NAE_ERA_R-1665_Eesti_Kunstnike_Liit, lk 12
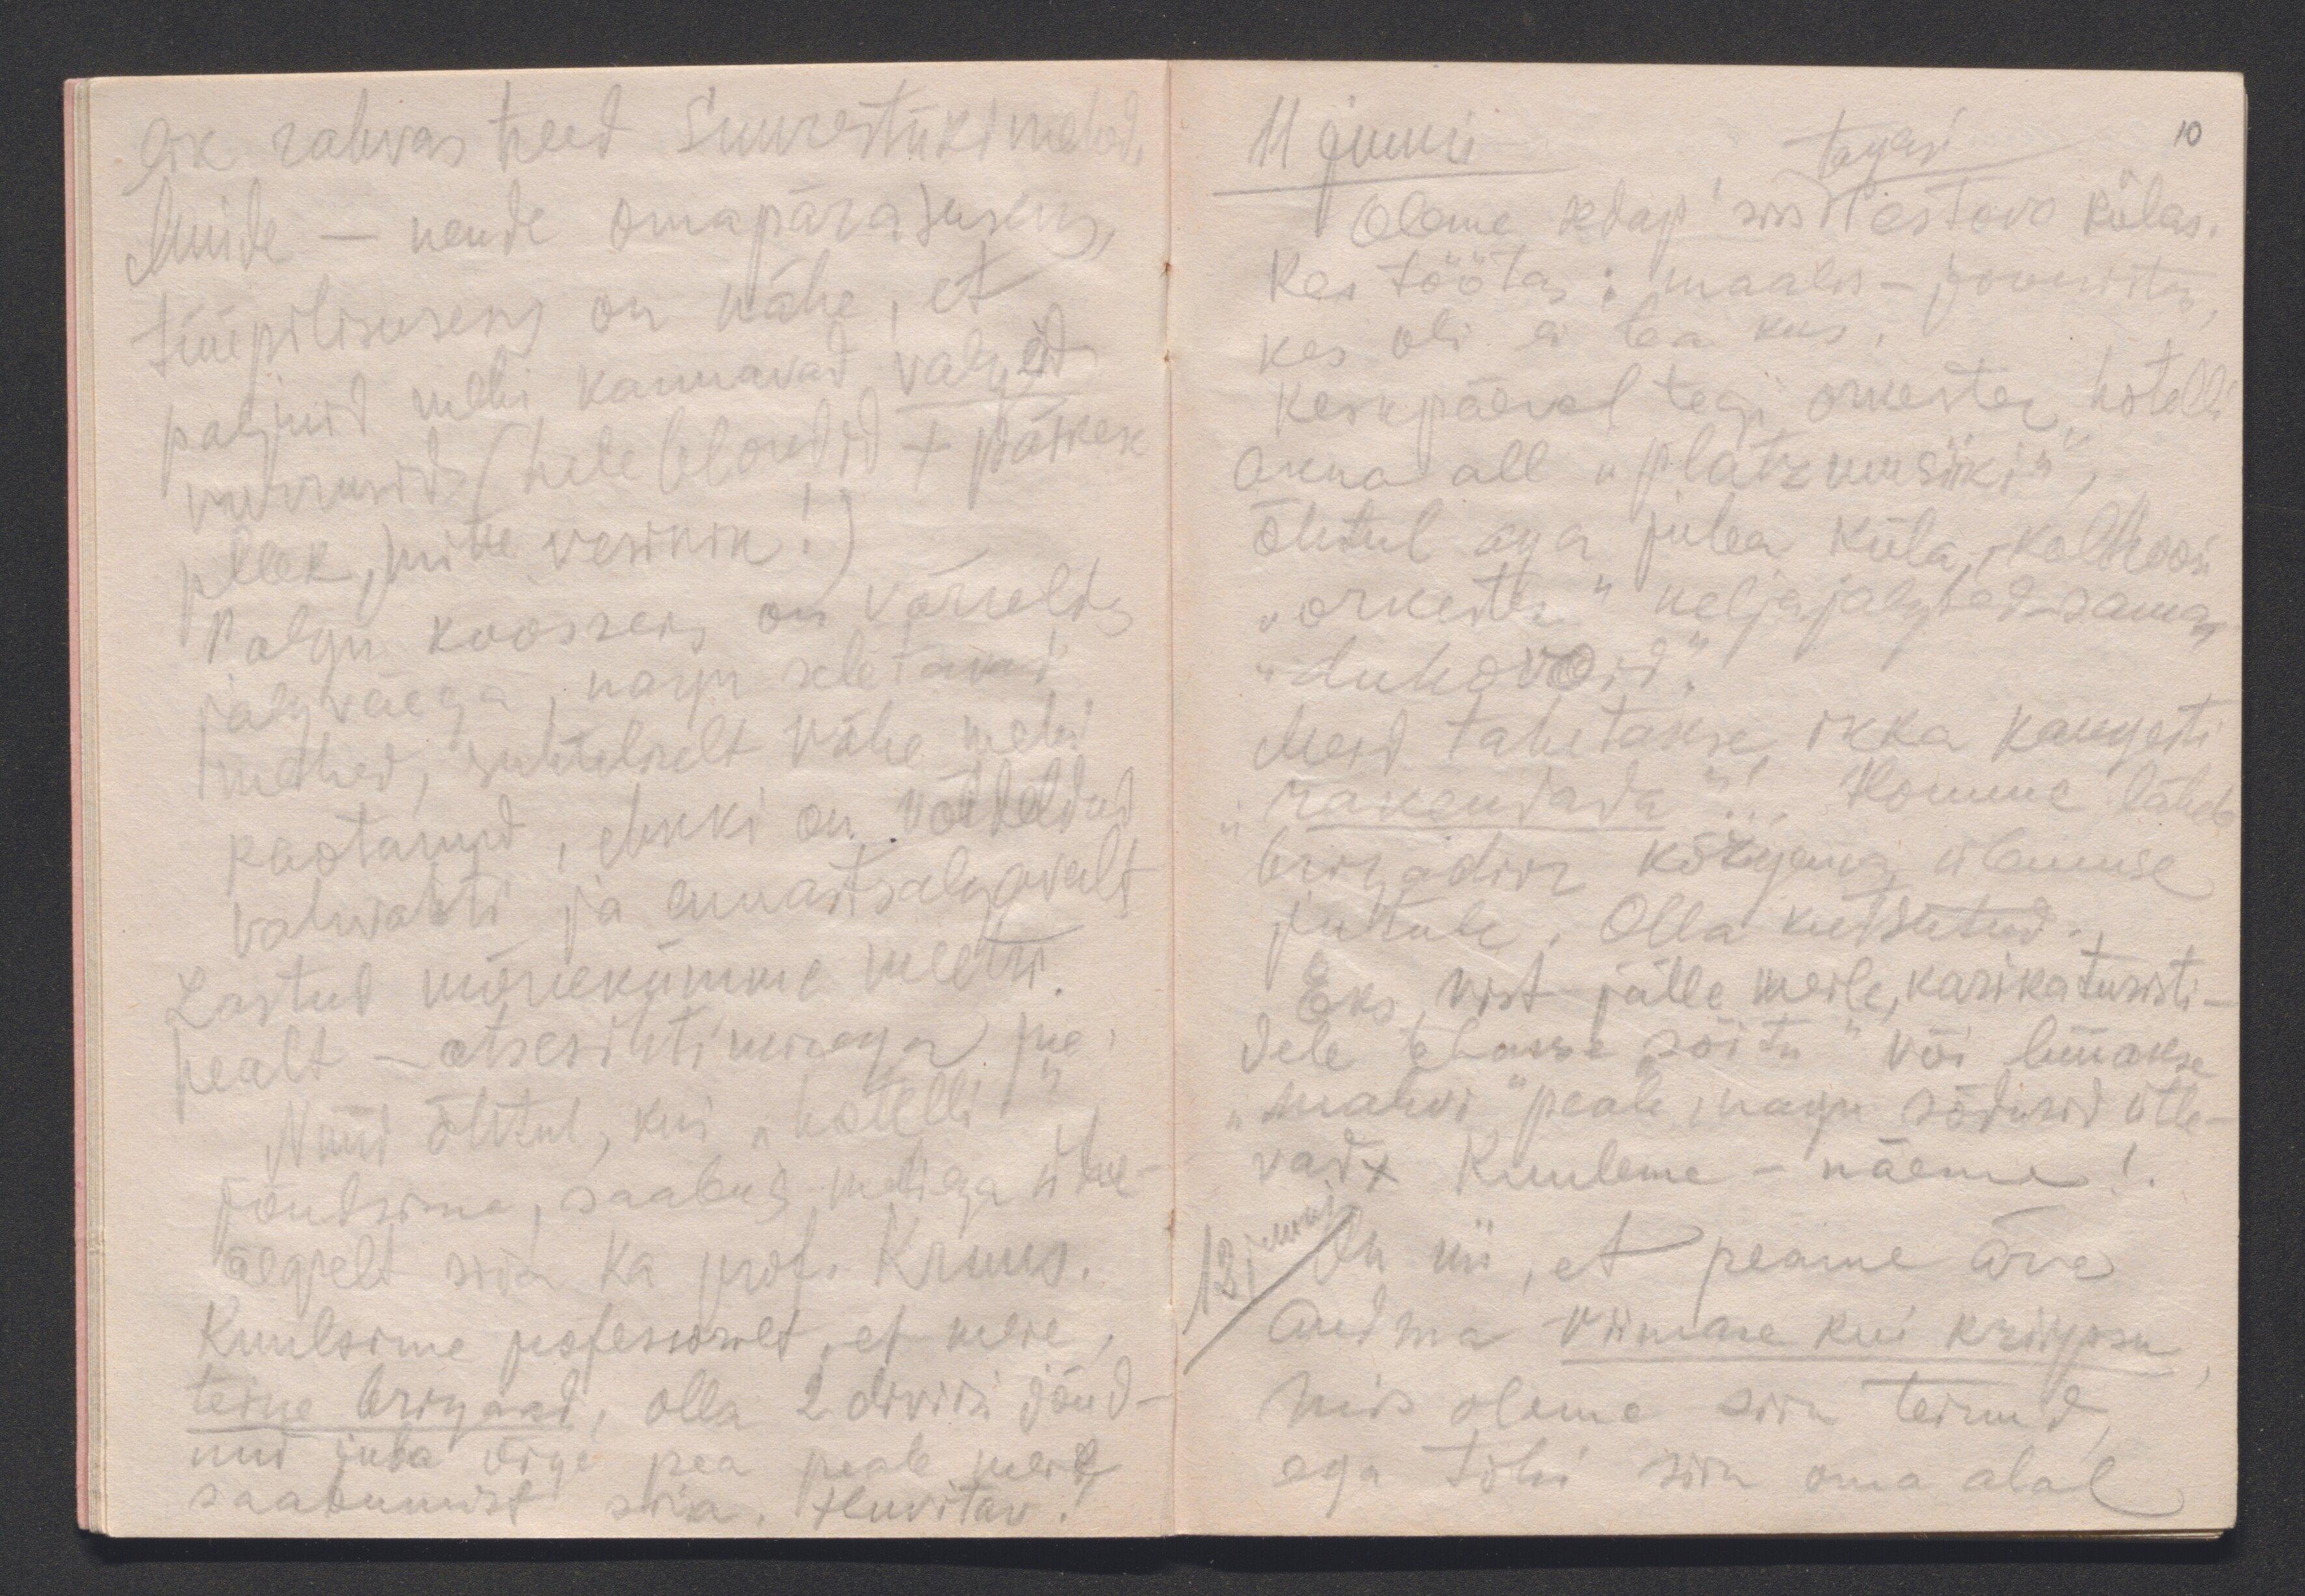
lik rahvas need suuretükimehed.
Muide - nende omapärasuseks,
tüüpilisuseks on näha, et
paljuid mehi kannavad valgeid
vurrusid (hele blondid + päikese
pleek,) mitte vesinik!)
Polgu koosseis on võrreldes
jalgväega, nagu seletavad
mehed, suhteliselt vähe mehi
kaotanud, ehkki on võideldud
vahvasti ja ennastsalgavalt.
Lastud mõnekümme meetri
pealt - otsesihtimisega jne.
Nüüd õhtul, kui "hotelli"
jõudsime, saabus meiega ühe-
aegselt siia ka prof. Kruus.
Kuulsime professorilt, et meie
teine brigaad, olla 2 diviisi jõud-
nud juba õige pea peale meie
saabumist siia. Huvitav!

11 juuni
tagasi
Oleme sedap´siis Pestovo külas.
Kes töötas: maalis-joonistas,
kes oli ei tea kus.
Keskpäeval tegi orkester hotelli
akna all "platzmusiiki",
õhtul aga juba küla-kolhoosi
"orkester" neljajalgsed-samas
"duhovoid".
Meid tahetakse ikka kangesti
"rakendada" ... Homme läheb
brigadiir kõrgema ülemuse
jutule. Olla kutsutud.
Eks vist jälle meile, karikaturisti-
dele tehakse "sõitu" või lüüakse
"mahvi" peale nagu sõdurid ütle-
vad x Kuuleme - näeme!
12 juuni
On nii, et peame ära
andma viimase kui kriipsu
mis oleme siin teinud,
ega tohi siin oma alal

10